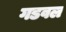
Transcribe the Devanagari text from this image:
गडवल